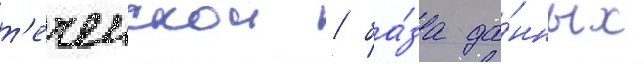
т'еченскои / ба́за да́нных